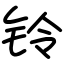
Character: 铃